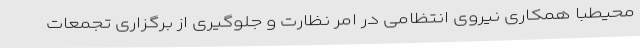
محیطبا همکاری نیروی انتظامی در امر نظارت و جلوگیری از برگزاری تجمعات